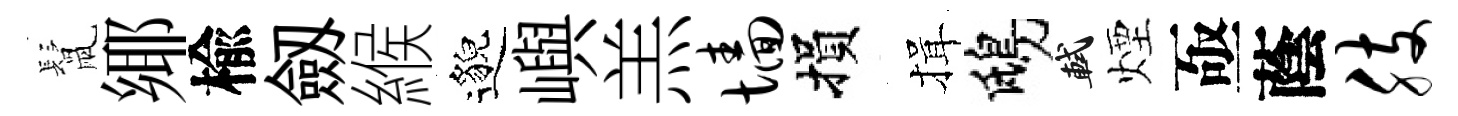
鬛鄊楡劔緱邈嶼羔墙損揖鴟軾煙亟蔭肢